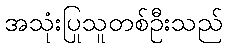
အသုံးပြုသူတစ်ဦးသည်